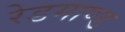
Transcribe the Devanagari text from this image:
रेडमाण्ड